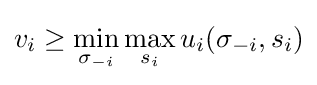
v_{i}\geq \min _{\sigma _{-i}}\max _{s_{i}}u_{i}(\sigma _{-i},s_{i})